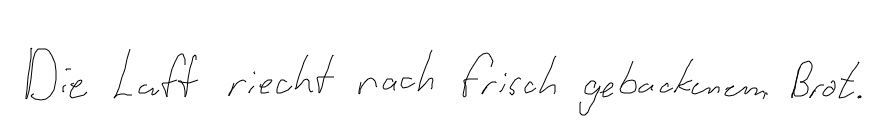
Die Luft riecht nach frisch gebackenem Brot.